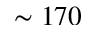
\sim 1 7 0